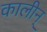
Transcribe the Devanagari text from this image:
कालीन्